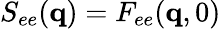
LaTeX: S_{ee}(\mathbf{q})=F_{ee}(\mathbf{q},0)